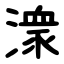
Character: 潨